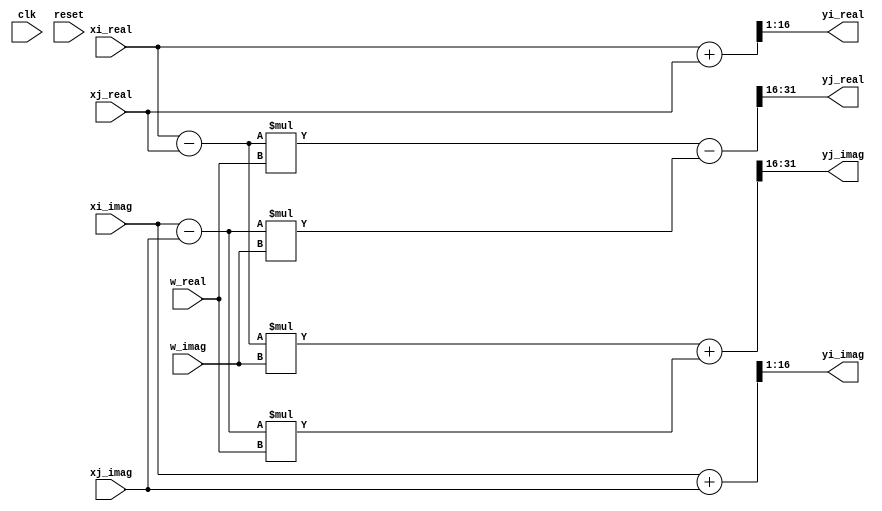
module butterfly(xi_real,xi_imag,xj_real,xj_imag,clk,reset,w_real,w_imag,yi_real,yi_imag,yj_real,yj_imag);
input [15:0] xi_real,xi_imag,xj_real,xj_imag,w_real,w_imag;
input clk,reset;
output wire signed [15:0] yi_real,yi_imag,yj_real,yj_imag;

wire signed [16:0] tempi_real,tempi_imag,tempj_real,tempj_imag;
wire signed [31:0] mul_real,mul_imag;
assign tempi_real=xi_real+xj_real;
assign tempi_imag=xi_imag+xj_imag;
assign tempj_real=xi_real-xj_real;
assign tempj_imag=xi_imag-xj_imag;
assign mul_real=tempj_real*w_real-tempj_imag*w_imag;
assign mul_imag=tempj_real*w_imag+tempj_imag*w_real;
assign yi_real=tempi_real>>1;
assign yi_imag=tempi_imag>>1;
assign yj_real=mul_real[31:16];
assign yj_imag=mul_imag[31:16];
endmodule